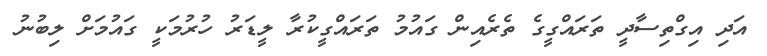
އަދި އިގްތިސާދީ ތަރައްގީގެ ތެރެއިން ގައުމު ތަރައްގީކުރާ ލީޑަރު ހުރުމަކީ ގައުމަށް ލިބުނު